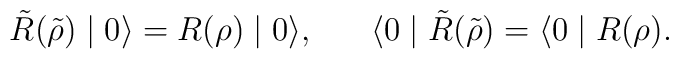
\tilde{R} (\tilde{\rho}) \mid 0 \rangle = R(\rho) \mid 0 \rangle , \;\;\;\;\;\;\langle 0 \mid \tilde{R} (\tilde{\rho}) = \langle 0 \mid R(\rho) .